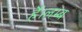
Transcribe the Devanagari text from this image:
हैं।लम्ब